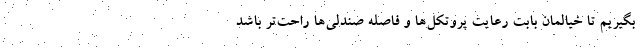
بگیریم تا خیالمان بابت رعایت پروتکل‌ها و فاصله صندلی‌ها راحت‌تر باشد